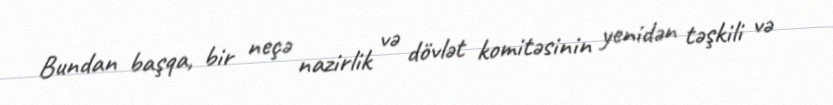
Bundan başqa, bir neçə nazirlik və dövlət komitəsinin yenidən təşkili və